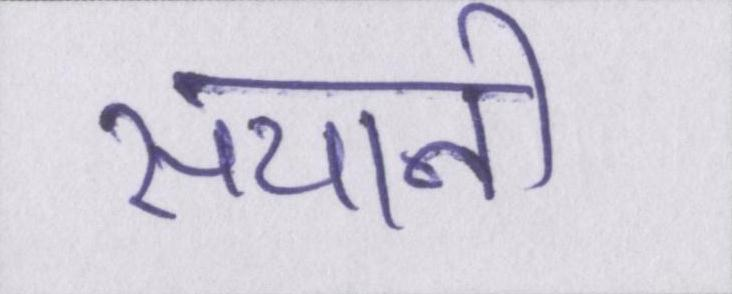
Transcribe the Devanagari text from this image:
सयानी